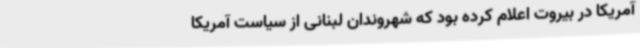
آمریکا در بیروت اعلام کرده بود که شهروندان لبنانی از سیاست آمریکا